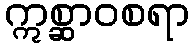
ဣစ္ဆာဝစရာ